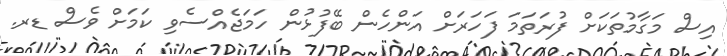
އިސް މަގާމުތަކަށް ފުރަތަމަ ފަހަރަށް އަންހެން ބޭފުޅުން ހަމަޖެއްސެވި ކަމަށް ވެސް ޑރ.